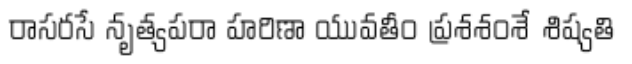
రాసరసే నృత్యపరా హరిణా యువతీం ప్రశశంశే శిష్యతి